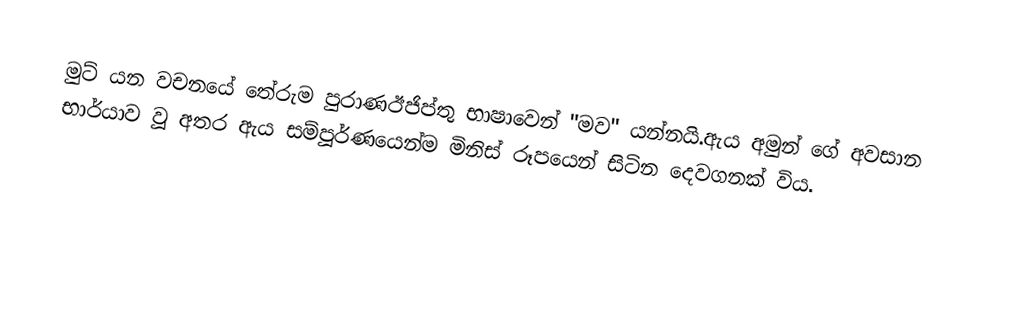
මුට් යන වචනයේ තේරුම පුරාණඊජිප්තු භාෂාවෙන් "මව" යන්නයි.ඇය අමුන් ගේ අවසාන භාර්යාව වූ අතර ඇය සම්පූර්ණයෙන්ම මිනිස් රූපයෙන් සිටින දෙවගනක් විය.